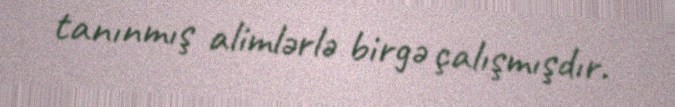
tanınmış alimlərlə birgə çalışmışdır.